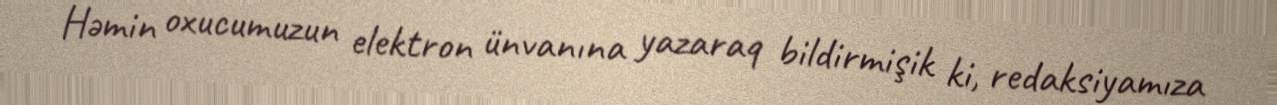
Həmin oxucumuzun elektron ünvanına yazaraq bildirmişik ki, redaksiyamıza